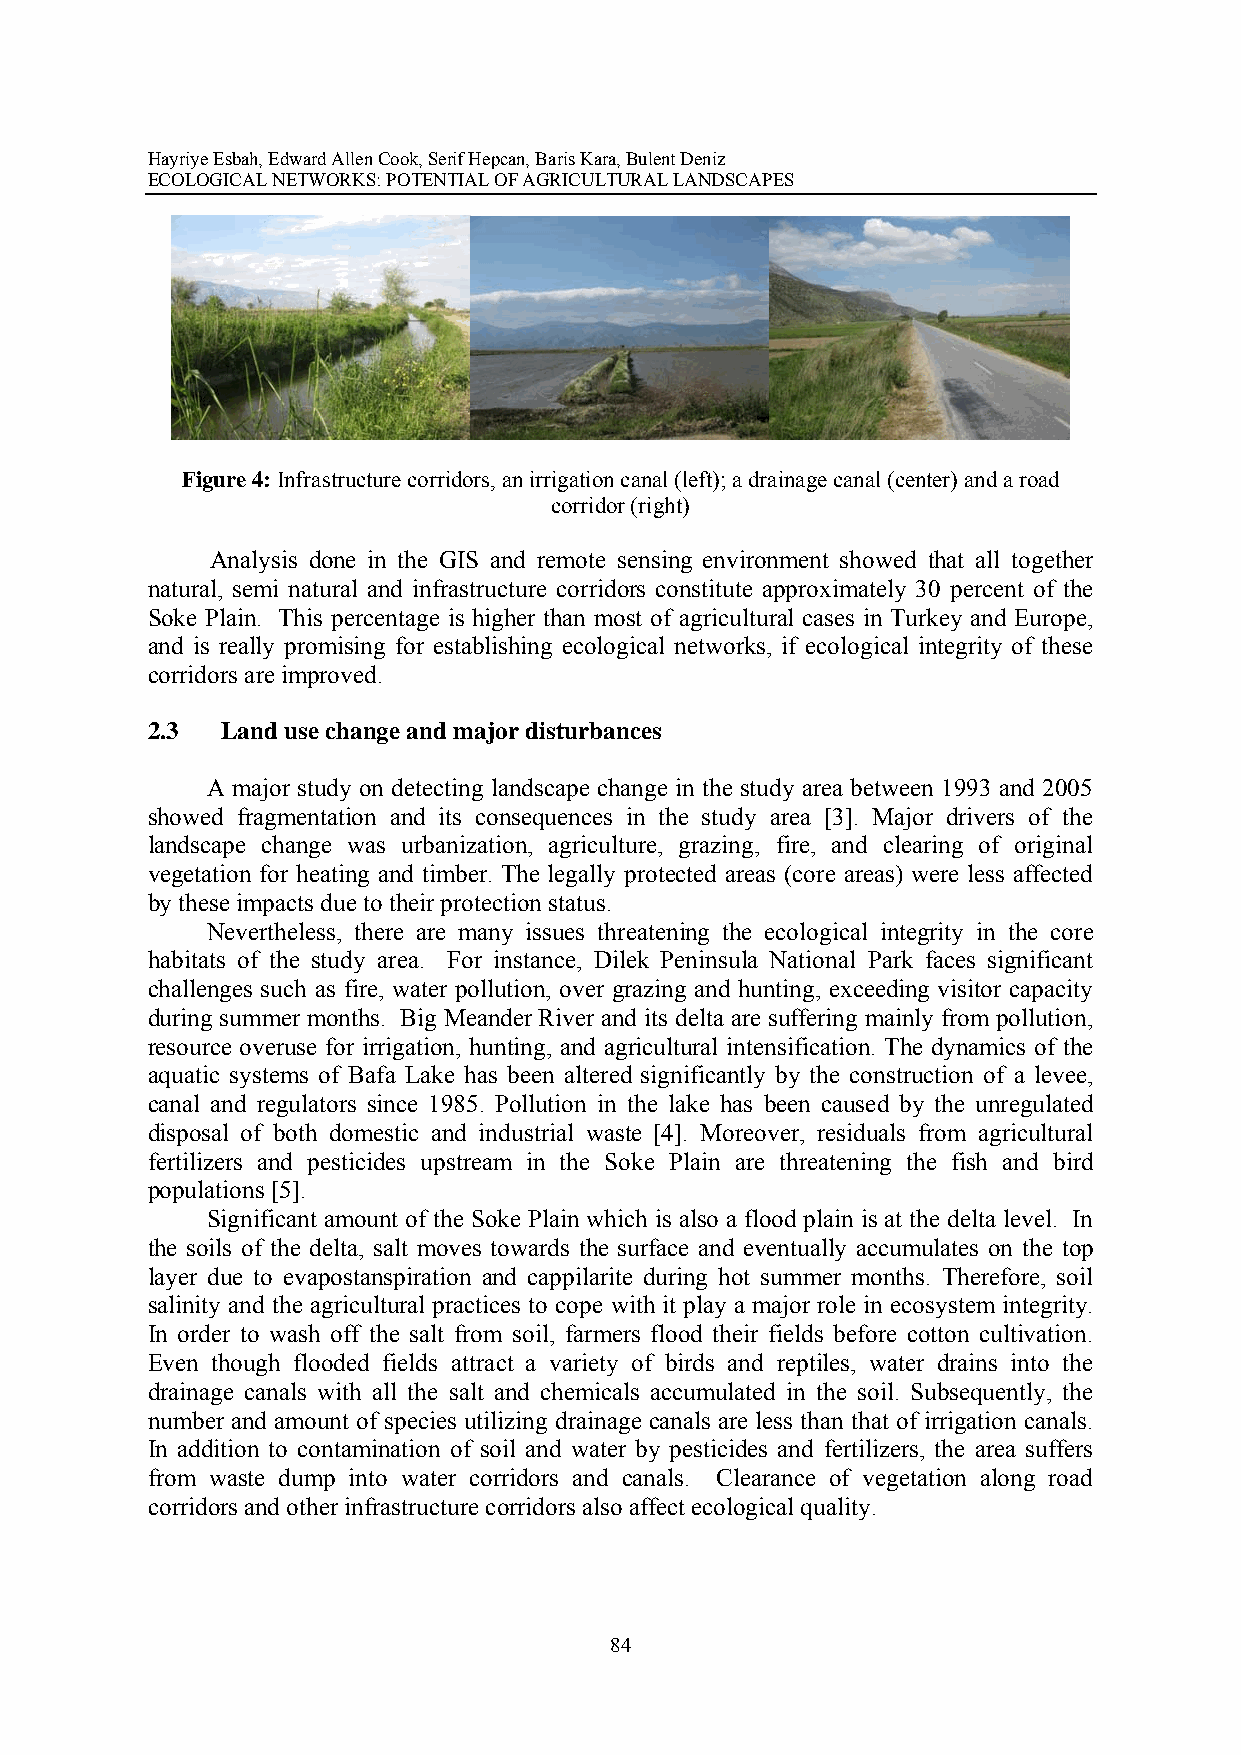
Hayriye Esbah, Edward Allen Cook, Serif Hepcan, Baris Kara, Bulent Deniz
 ECOLOGICAL NETWORKS: POTENTIAL OF AGRICULTURAL LANDSCAPES
 Figure 4: Infrastructure corridors, an irrigation canal (left); a drainage canal (center) and a road
 corridor (right)
 Analysis done in the GIS and remote sensing environment showed that all together
 natural, semi natural and infrastructure corridors constitute approximately 30 percent of the
 Soke Plain. This percentage is higher than most of agricultural cases in Turkey and Europe,
 and is really promising for establishing ecological networks, if ecological integrity of these
 corridors are improved.
 2.3  Land use change and major disturbances
 A major study on detecting landscape change in the study area between 1993 and 2005
 showed fragmentation and its consequences in the study area [3]. Major drivers of the
 landscape change was urbanization, agriculture, grazing, fire, and clearing of original
 vegetation for heating and timber. The legally protected areas (core areas) were less affected
 by these impacts due to their protection status.
 Nevertheless, there are many issues threatening the ecological integrity in the core
 habitats of the study area. For instance, Dilek Peninsula National Park faces significant
 challenges such as fire, water pollution, over grazing and hunting, exceeding visitor capacity
 during summer months. Big Meander River and its delta are suffering mainly from pollution,
 resource overuse for irrigation, hunting, and agricultural intensification. The dynamics of the
 aquatic systems of Bafa Lake has been altered significantly by the construction of a levee,
 canal and regulators since 1985. Pollution in the lake has been caused by the unregulated
 disposal of both domestic and industrial waste [4]. Moreover, residuals from agricultural
 fertilizers and pesticides upstream in the Soke Plain are threatening the fish and bird
 populations [5].
 Significant amount of the Soke Plain which is also a flood plain is at the delta level. In
 the soils of the delta, salt moves towards the surface and eventually accumulates on the top
 layer due to evapostanspiration and cappilarite during hot summer months. Therefore, soil
 salinity and the agricultural practices to cope with it play a major role in ecosystem integrity.
 In order to wash off the salt from soil, farmers flood their fields before cotton cultivation.
 Even though flooded fields attract a variety of birds and reptiles, water drains into the
 drainage canals with all the salt and chemicals accumulated in the soil. Subsequently, the
 number and amount of species utilizing drainage canals are less than that of irrigation canals.
 In addition to contamination of soil and water by pesticides and fertilizers, the area suffers
 from waste dump into water corridors and canals. Clearance of vegetation along road
 corridors and other infrastructure corridors also affect ecological quality.
 84